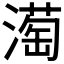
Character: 𪷒